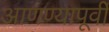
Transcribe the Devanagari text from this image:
आणण्यापूर्वी